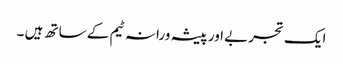
ایک تجربے اور پیشہ ورانہ ٹیم کے ساتھ ہیں ۔